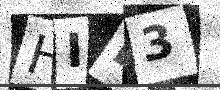
Text: HIE3